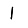
Digit: 1